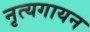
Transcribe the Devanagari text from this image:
नृत्यगायन